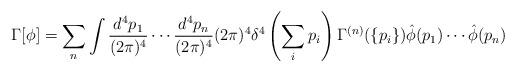
LaTeX: \begin{align*}\Gamma[\phi] = \sum_n \int\frac{d^4p_1}{(2\pi)^4}\cdots\frac{d^4p_n}{(2\pi)^4}(2\pi)^4\delta^4\left(\sum_ip_i\right)\Gamma^{(n)}(\{p_i\})\hat\phi(p_1)\cdots\hat\phi(p_n)\end{align*}